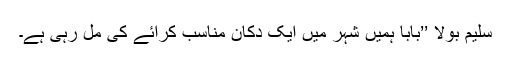
سلیم بولا ’’بابا ہمیں شہر میں ایک دکان مناسب کرائے کی مل رہی ہے۔